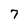
Character: 7